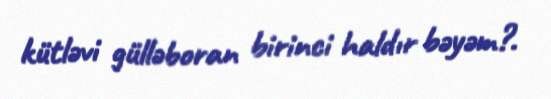
kütləvi gülləboran birinci haldır bəyəm?.